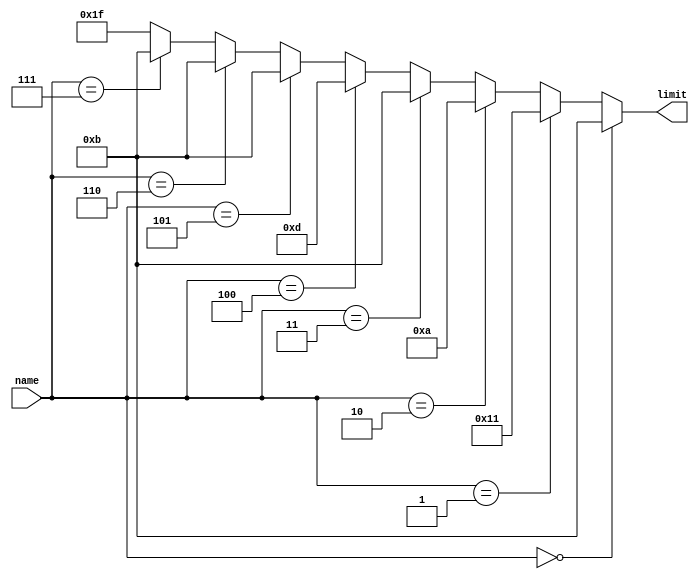
module rollover (
    input wire [2:0] name,
    output wire [4:0] limit
);

    assign limit = (name == 3'b000) ? 11 :  // Gerry Chen
                   (name == 3'b001) ? 17 :  // Fonda Chen-Kelly
                   (name == 3'b010) ? 10 :  // Jim Kelly
                   (name == 3'b011) ? 11 :  // Aven Kelly
                   (name == 3'b100) ? 13 :  // Virginia Pan
                   (name == 3'b101) ? 11 :  // Hanna Chen
                   (name == 3'b110) ? 11 :  // Xinfu Chen
                   (name == 3'b111) ? 11 :  // Joyce Chen
                    5'b11111;  // default

endmodule